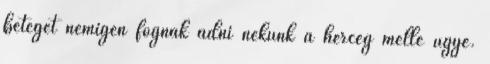
beteget nemigen fognak adni nekünk a herceg mellé ugye.